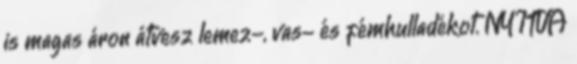
is magas áron átvesz lemez-, vas- és fémhulladékot. NYITVA